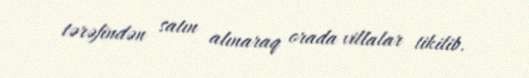
tərəfindən satın alınaraq orada villalar tikilib.